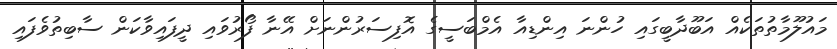
މައުލޫމާތުތަކެއް އަބޫދާބީގައި ހުންނަ އިންޑިއާ އެމްބަސީގެ އޮފިސަރުންނަށް އޭނާ ފޯރުވައި ދީފައިވާކަން ސާބިތުވެފައި